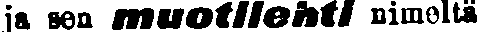
ja sen muotilehti nimeltä